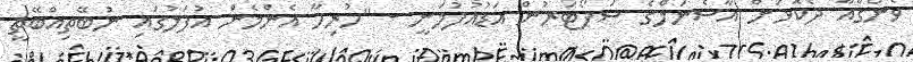
ވެންގާއާ ދެކޮޅަށް އާސެނަލްގެ ސަޕޯޓަރުން އަޑުއުފުލަނީ - "ހުރިހާ އެންމެން އުފަލުގައި ނުބޭތިއްބޭތީ